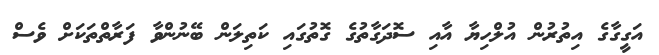
އަގީގާގެ އިތުރުން އުލްހިޔާ އާއި ސޮދަގާތުގެ ގޮތުގައި ކަތިލަން ބޭނުންވާ ފަރާތްތަކަށް ވެސް